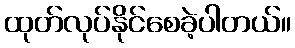
ထုတ်လုပ်နိုင်စေခဲ့ပါတယ်။